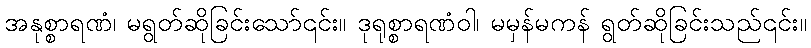
အနုစ္စာရဏံ၊ မရွတ်ဆိုခြင်းသော်၎င်း။ ဒုရုစ္စာရဏံဝါ၊ မမှန်မကန် ရွတ်ဆိုခြင်းသည်၎င်း။